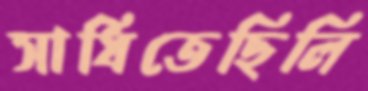
সাধিতেছিলি